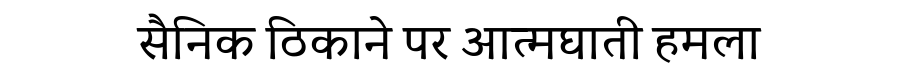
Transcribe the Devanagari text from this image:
सैनिक ठिकाने पर आत्मघाती हमला